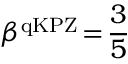
\beta ^ { \mathrm { q K P Z } } \! = \! \frac { 3 } { 5 }